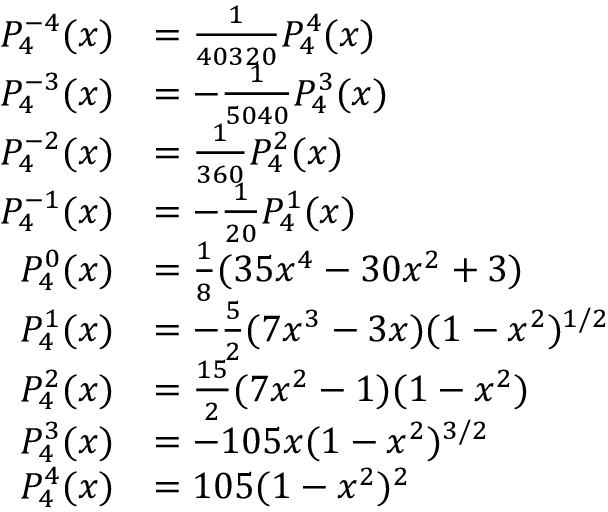
{ \begin{array} { r l } { P _ { 4 } ^ { - 4 } ( x ) } & { = { \frac { 1 } { 4 0 3 2 0 } } P _ { 4 } ^ { 4 } ( x ) } \\ { P _ { 4 } ^ { - 3 } ( x ) } & { = - { \frac { 1 } { 5 0 4 0 } } P _ { 4 } ^ { 3 } ( x ) } \\ { P _ { 4 } ^ { - 2 } ( x ) } & { = { \frac { 1 } { 3 6 0 } } P _ { 4 } ^ { 2 } ( x ) } \\ { P _ { 4 } ^ { - 1 } ( x ) } & { = - { \frac { 1 } { 2 0 } } P _ { 4 } ^ { 1 } ( x ) } \\ { P _ { 4 } ^ { 0 } ( x ) } & { = { \frac { 1 } { 8 } } ( 3 5 x ^ { 4 } - 3 0 x ^ { 2 } + 3 ) } \\ { P _ { 4 } ^ { 1 } ( x ) } & { = - { \frac { 5 } { 2 } } ( 7 x ^ { 3 } - 3 x ) ( 1 - x ^ { 2 } ) ^ { 1 / 2 } } \\ { P _ { 4 } ^ { 2 } ( x ) } & { = { \frac { 1 5 } { 2 } } ( 7 x ^ { 2 } - 1 ) ( 1 - x ^ { 2 } ) } \\ { P _ { 4 } ^ { 3 } ( x ) } & { = - 1 0 5 x ( 1 - x ^ { 2 } ) ^ { 3 / 2 } } \\ { P _ { 4 } ^ { 4 } ( x ) } & { = 1 0 5 ( 1 - x ^ { 2 } ) ^ { 2 } } \end{array} }